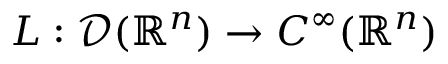
L : { \mathcal { D } } ( \mathbb { R } ^ { n } ) \to C ^ { \infty } ( \mathbb { R } ^ { n } )